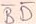
Text: BD